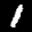
Label: 1